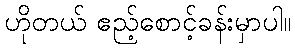
ဟိုတယ် ဧည့်စောင့်ခန်းမှာပါ။